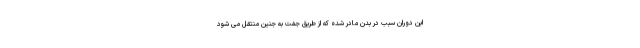
این دوران سبب در بدن مادر شده که از طریق جفت به جنین منتقل می شود